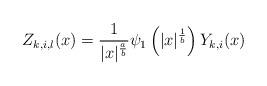
LaTeX: \begin{align*} Z_{k,i,\l}(x)=\frac1{|x|^\frac{a}b}\psi_1\left(|x|^\frac1b\right)Y_{k,i}(x)\end{align*}